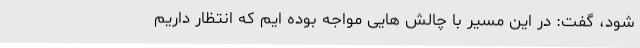
شود، گفت: در این مسیر با چالش هایی مواجه بوده ایم که انتظار داریم